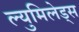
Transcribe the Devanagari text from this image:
ल्युमिलेड्स